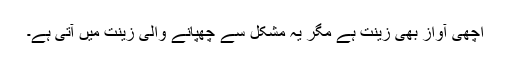
اچھی آواز بھی زینت ہے مگر یہ مشکل سے چھپانے والی زینت میں آتی ہے۔